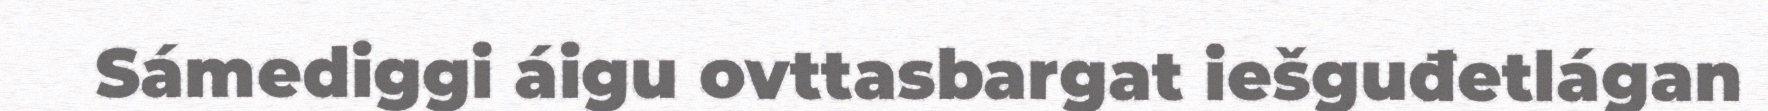
Sámediggi áigu ovttasbargat iešguđetlágan